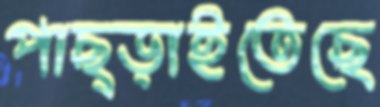
পাছ্‌ড়াইতেছে